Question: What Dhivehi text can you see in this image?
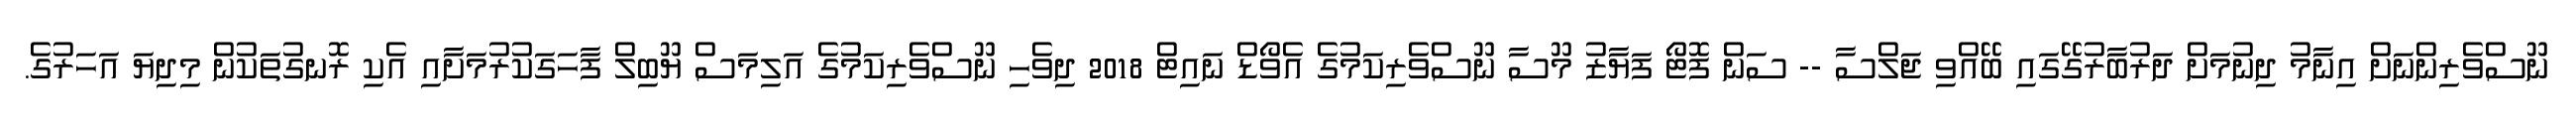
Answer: ނޫސްވެރިންނަށް އިނާމު ދިނުމަށް ދަރުބާރުގޭގައި ބޭއްވި ޖަލްސާ -- ސަން ފޮޓޯ ފަޔާޒު މޫސާ ނޫސްވެރިކަމުގެ އެވޯޑް ނައިޓް 2018 ދިވެހި ނޫސްވެރިކަމުގެ އަލިމަސް ޔޫބިލް ފާހަގަކުރުމަށާއި އެކި ރޮނގުތަކުން މިދިޔަ އަހަރުގެ.